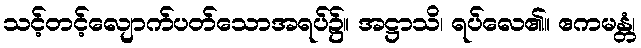
သင့်တင့်လျောက်ပတ်သောအရပ်၌။ အဋ္ဌာသိ၊ ရပ်လေ၏။ ဧကမန္တံ၊